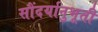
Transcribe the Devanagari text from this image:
सौंदर्यानुभूती